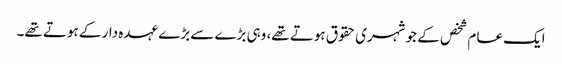
ایک عام شخص کے جو شہری حقوق ہوتے تھے، وہی بڑے سے بڑے عہدہ دار کے ہوتے تھے۔